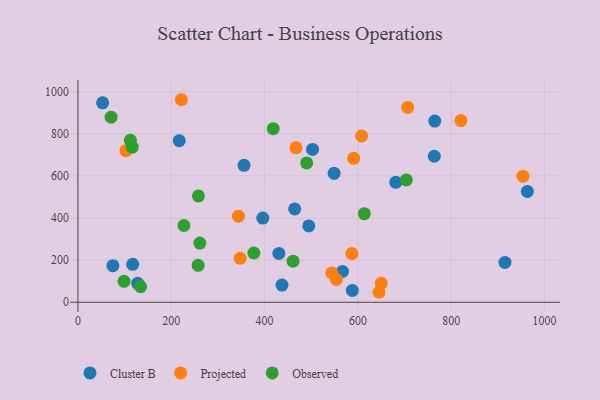
{"axis": {"x": "Study Hours", "y": "Sales"}, "legend": ["Cluster B", "Observed", "Projected"], "data": [{"x": "764.7", "y": 860.4, "type": "Cluster B"}, {"x": "356.0", "y": 650.4, "type": "Cluster B"}, {"x": "464.5", "y": 443.0, "type": "Cluster B"}, {"x": "681.2", "y": 569.7, "type": "Cluster B"}, {"x": "128.0", "y": 89.9, "type": "Cluster B"}, {"x": "117.4", "y": 180.1, "type": "Cluster B"}, {"x": "437.4", "y": 81.6, "type": "Cluster B"}, {"x": "396.2", "y": 399.9, "type": "Cluster B"}, {"x": "549.0", "y": 612.5, "type": "Cluster B"}, {"x": "494.7", "y": 362.4, "type": "Cluster B"}, {"x": "567.0", "y": 146.5, "type": "Cluster B"}, {"x": "963.2", "y": 526.5, "type": "Cluster B"}, {"x": "52.9", "y": 946.9, "type": "Cluster B"}, {"x": "217.1", "y": 767.5, "type": "Cluster B"}, {"x": "502.7", "y": 725.8, "type": "Cluster B"}, {"x": "915.2", "y": 189.0, "type": "Cluster B"}, {"x": "588.1", "y": 56.0, "type": "Cluster B"}, {"x": "763.7", "y": 693.3, "type": "Cluster B"}, {"x": "430.6", "y": 232.1, "type": "Cluster B"}, {"x": "74.9", "y": 173.7, "type": "Cluster B"}, {"x": "554.0", "y": 108.4, "type": "Projected"}, {"x": "102.8", "y": 720.0, "type": "Projected"}, {"x": "467.3", "y": 733.2, "type": "Projected"}, {"x": "650.1", "y": 90.1, "type": "Projected"}, {"x": "344.0", "y": 408.6, "type": "Projected"}, {"x": "706.6", "y": 925.3, "type": "Projected"}, {"x": "953.7", "y": 598.6, "type": "Projected"}, {"x": "645.2", "y": 47.4, "type": "Projected"}, {"x": "587.0", "y": 231.4, "type": "Projected"}, {"x": "544.0", "y": 139.1, "type": "Projected"}, {"x": "607.9", "y": 790.1, "type": "Projected"}, {"x": "221.6", "y": 961.8, "type": "Projected"}, {"x": "347.9", "y": 208.8, "type": "Projected"}, {"x": "590.9", "y": 683.4, "type": "Projected"}, {"x": "820.8", "y": 862.9, "type": "Projected"}, {"x": "377.0", "y": 233.8, "type": "Observed"}, {"x": "112.5", "y": 769.2, "type": "Observed"}, {"x": "461.0", "y": 195.1, "type": "Observed"}, {"x": "134.3", "y": 74.6, "type": "Observed"}, {"x": "227.1", "y": 364.6, "type": "Observed"}, {"x": "116.4", "y": 736.7, "type": "Observed"}, {"x": "98.8", "y": 99.4, "type": "Observed"}, {"x": "261.2", "y": 280.9, "type": "Observed"}, {"x": "613.8", "y": 420.6, "type": "Observed"}, {"x": "418.5", "y": 824.4, "type": "Observed"}, {"x": "257.6", "y": 175.4, "type": "Observed"}, {"x": "490.2", "y": 661.8, "type": "Observed"}, {"x": "71.0", "y": 878.7, "type": "Observed"}, {"x": "703.8", "y": 581.1, "type": "Observed"}, {"x": "258.2", "y": 505.1, "type": "Observed"}]}